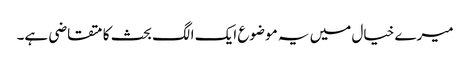
میرے خیال میں یہ موضوع ایک الگ بحث کا متقاضی ہے۔